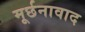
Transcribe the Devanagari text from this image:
मूर्छनावाद